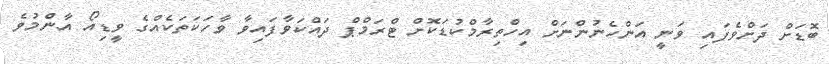
ބޮޑަށް ދަށްވެފައި ވަނީ އަންހެނުންނަށް އިހްތިރާމްކުޑަކޮށް ޓްރަމްޕް ދައްކަވާފައިވާ ވާހަކަތަކެއްގެ ވީޑިއޯ އާންމުވެ